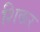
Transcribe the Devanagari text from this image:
शिकर